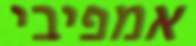
אמפיבי